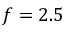
f = 2 . 5